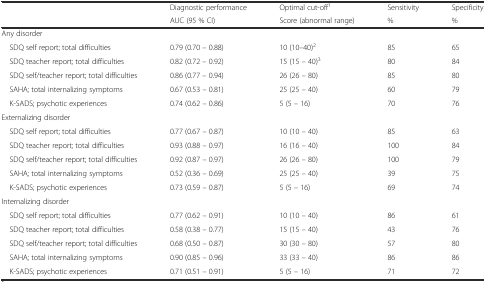
<table><thead><tr><td></td><td><b>Diagnostic performance</b></td><td><b>Optimal cut-off<sup>1</sup></b></td><td><b>Sensitivity</b></td><td><b>Specificity</b></td></tr><tr><td></td><td><b>AUC (95 % CI)</b></td><td><b>Score (abnormal range)</b></td><td><b>%</b></td><td><b>%</b></td></tr></thead><tbody><tr><td>Any disorder</td><td></td><td></td><td></td><td></td></tr><tr><td> SDQ self report; total difficulties</td><td>0.79 (0.70 – 0.88)</td><td>10 (10–40)<sup>2</sup></td><td>85</td><td>65</td></tr><tr><td> SDQ teacher report; total difficulties</td><td>0.82 (0.72 – 0.92)</td><td>15 (15 – 40)<sup>3</sup></td><td>80</td><td>84</td></tr><tr><td> SDQ self/teacher report; total difficulties</td><td>0.86 (0.77 – 0.94)</td><td>26 (26 – 80)</td><td>85</td><td>80</td></tr><tr><td> SAHA; total internalizing symptoms</td><td>0.67 (0.53 – 0.81)</td><td>25 (25 – 40)</td><td>60</td><td>79</td></tr><tr><td> K-SADS; psychotic experiences</td><td>0.74 (0.62 – 0.86)</td><td>5 (5 – 16)</td><td>70</td><td>76</td></tr><tr><td>Externalizing disorder</td><td></td><td></td><td></td><td></td></tr><tr><td> SDQ self report; total difficulties</td><td>0.77 (0.67 – 0.87)</td><td>10 (10 – 40)</td><td>85</td><td>63</td></tr><tr><td> SDQ teacher report; total difficulties</td><td>0.93 (0.88 – 0.97)</td><td>16 (16 – 40)</td><td>100</td><td>84</td></tr><tr><td> SDQ self/teacher report; total difficulties</td><td>0.92 (0.87 – 0.97)</td><td>26 (26 – 80)</td><td>100</td><td>79</td></tr><tr><td> SAHA; total internalizing symptoms</td><td>0.52 (0.36 – 0.69)</td><td>25 (25 – 40)</td><td>39</td><td>75</td></tr><tr><td> K-SADS; psychotic experiences</td><td>0.73 (0.59 – 0.87)</td><td>5 (5 – 16)</td><td>69</td><td>74</td></tr><tr><td>Internalizing disorder</td><td></td><td></td><td></td><td></td></tr><tr><td> SDQ self report; total difficulties</td><td>0.77 (0.62 – 0.91)</td><td>10 (10 – 40)</td><td>86</td><td>61</td></tr><tr><td> SDQ teacher report; total difficulties</td><td>0.58 (0.38 – 0.77)</td><td>15 (15 – 40)</td><td>43</td><td>76</td></tr><tr><td> SDQ self/teacher report; total difficulties</td><td>0.68 (0.50 – 0.87)</td><td>30 (30 – 80)</td><td>57</td><td>80</td></tr><tr><td> SAHA; total internalizing symptoms</td><td>0.90 (0.85 – 0.96)</td><td>33 (33 – 40)</td><td>86</td><td>86</td></tr><tr><td> K-SADS; psychotic experiences</td><td>0.71 (0.51 – 0.91)</td><td>5 (5 – 16)</td><td>71</td><td>72</td></tr></tbody></table>